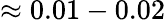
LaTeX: \approx 0.01-0.02